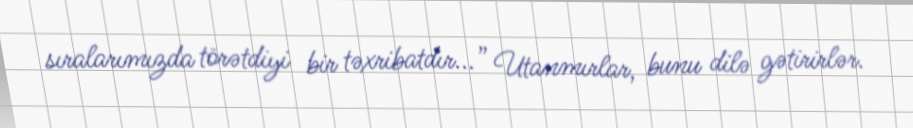
sıralarımızda törətdiyi bir təxribatdır...” Utanmırlar, bunu dilə gətirirlər.